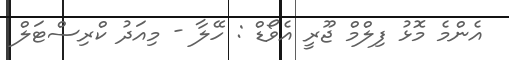
އެންމެ މޮޅު ފިލްމް ޖޫރީ އެވޯޑް : ހޭލާ - މިއަދު ކްރިސްޓަލް